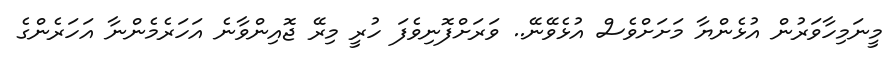
މީނަމިހާވަރުން އުޅެންޔާ މަށަށްވެސް އުޅެވޭނޭ.. ވަރަށްފޮނިވެފަ ހުރީ މިރޭ ޖޮއިންވާނެ އަހަރެމެންނާ އަހަރެންގެ